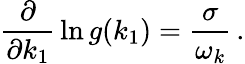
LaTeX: \frac{\partial}{\partial k_{1}}\, \ln g(k_{1})=\frac{\sigma}{\omega_{k}}\, .